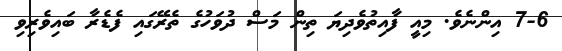
7-6 އިންނެވެ. މިއީ ފާއިތުވެދިޔަ ތިން މަސް ދުވަހުގެ ތެރޭގައި ފެޑެރާ ބައިވެރިވި